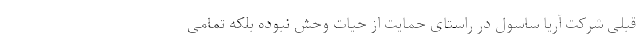
قبلی شرکت آریا ساسول در راستای حمایت از حیات وحش نبوده بلکه تمامی